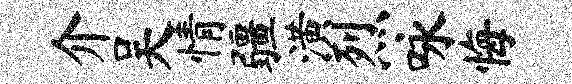
介吴情疆潢烈咏悔